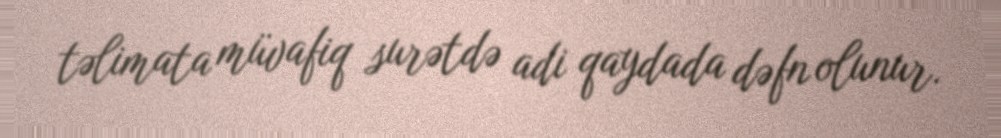
təlimata müvafiq surətdə adi qaydada dəfn olunur.